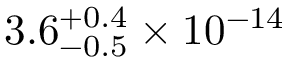
3 . 6 _ { - 0 . 5 } ^ { + 0 . 4 } \times 1 0 ^ { - 1 4 }